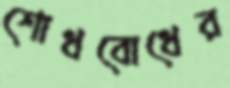
শোধবোধের